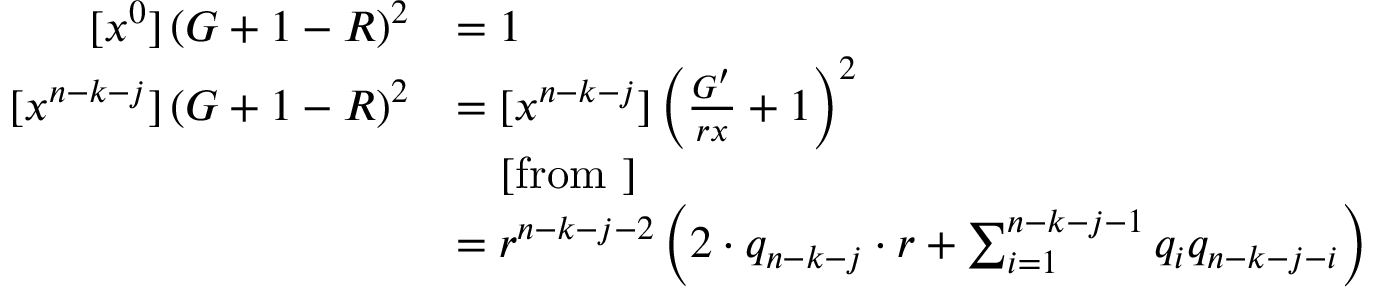
\begin{array} { r l } { [ x ^ { 0 } ] \left( G + 1 - R \right) ^ { 2 } } & { = 1 } \\ { [ x ^ { n - k - j } ] \left( G + 1 - R \right) ^ { 2 } } & { = [ x ^ { n - k - j } ] \left( \frac { G ^ { \prime } } { r x } + 1 \right) ^ { 2 } } \\ & { \ \ \ [ \mathrm { f r o m ~ } ] } \\ & { = r ^ { n - k - j - 2 } \left( 2 \cdot q _ { n - k - j } \cdot r + \sum _ { i = 1 } ^ { n - k - j - 1 } q _ { i } q _ { n - k - j - i } \right) } \end{array}